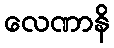
လေဏာနိ